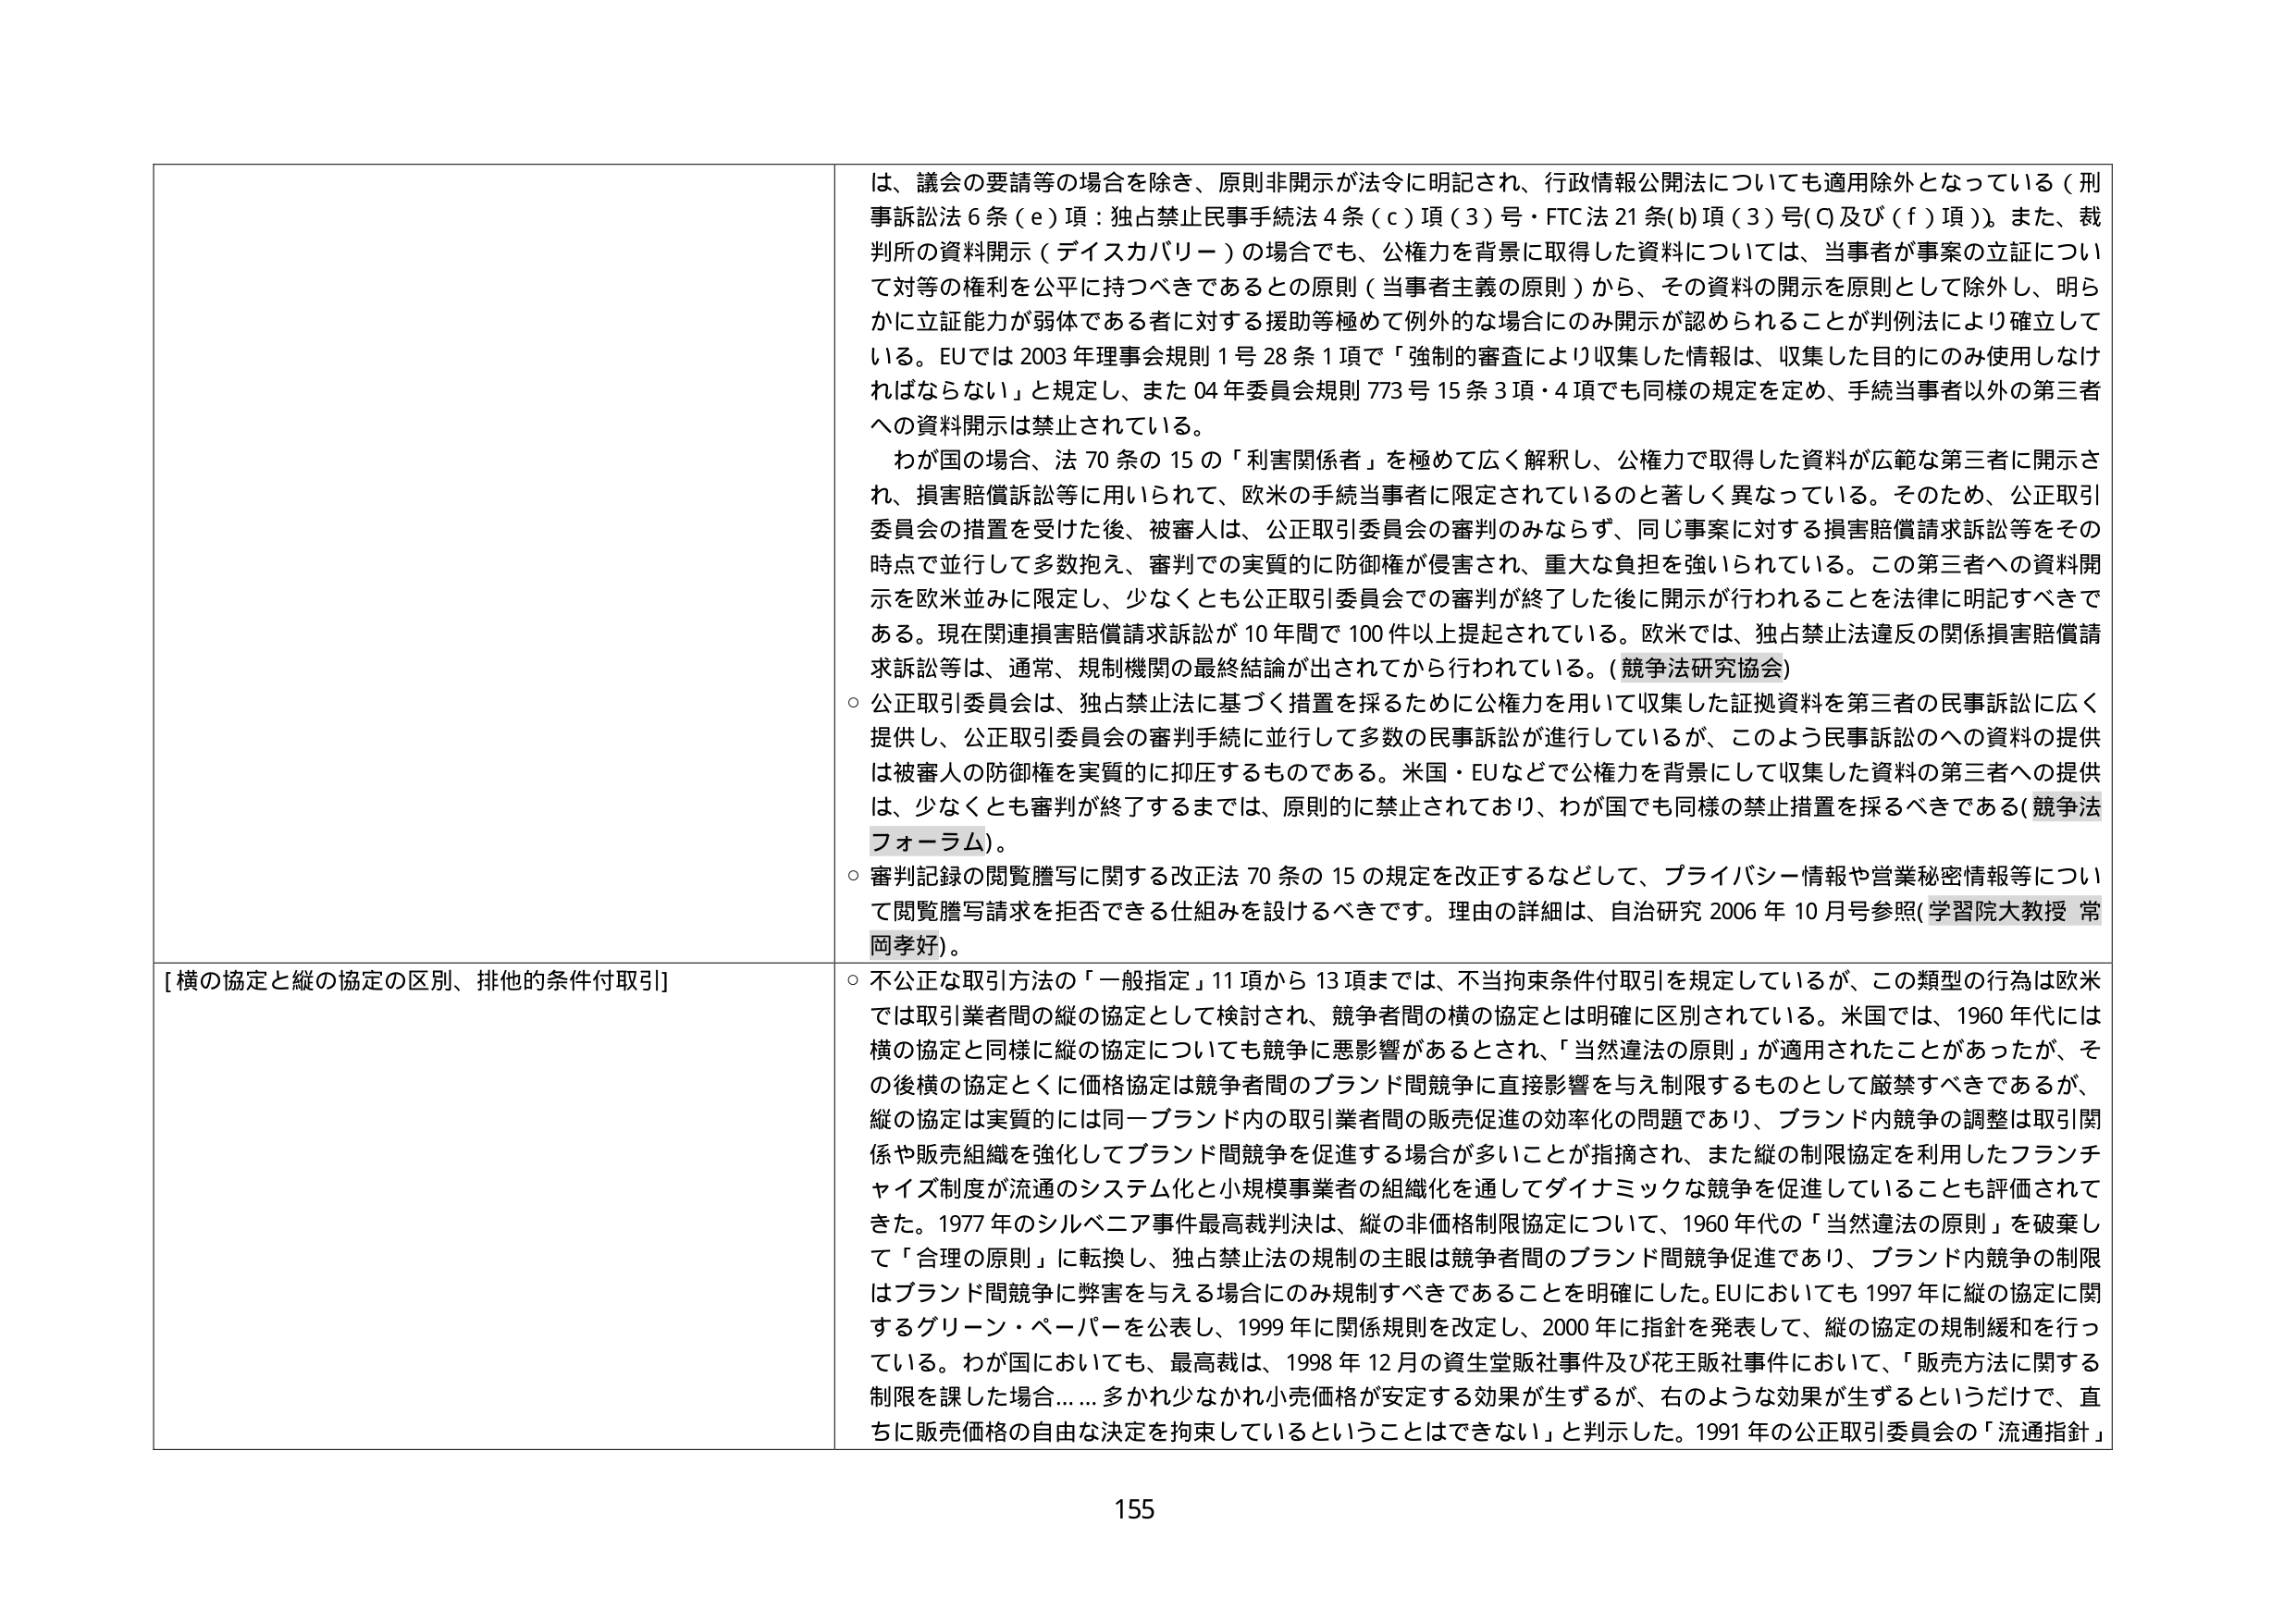
は、議会の要請等の場合を除き、原則非開示が法令に明記され、行政情報公開法についても適用除外となっている（刑事訴訟法６条（ｅ）項：独占禁止民事手続法４条（ｃ）項（３）号・FTC法21条(b)項（3）号(0)及び（ｆ）項）。また、裁判所の資料開示（ディスカバリー）の場合でも、公権力を背景に取得した資料については、当事者が事案の立証について対等の権利を公平に持つべきであるとの原則（当事者主義の原則）から、その資料の開示を原則として除外し、明らかに立証能力が弱体である者に対する援助等極めて例外的な場合にのみ開示が認められることが判例法により確立している。EUでは2003年理事会規則1号28条1項で「強制的審査により収集した情報は、収集した目的にのみ使用しなければならない」と規定し、また04年委員会規則773号15条3項・4項でも同様の規定を定め、手続当事者以外の第三者への資料開示は禁止されている。

わが国の場合、法70条の15の「利害関係者」を極めて広く解釈し、公権力で取得した資料が広範な第三者に開示され、損害賠償訴訟等に用いられて、欧米の手続当事者に限定されているのと著しく異なっている。そのため、公正取引委員会の措置を受けた後、被審人は、公正取引委員会の審判のみならず、同じ事案に対する損害賠償請求訴訟等をその時点で並行して多数抱え、審判での実質的に防御権が侵害され、重大な負担を強いられている。この第三者への資料開示を欧米並みに限定し、少なくとも公正取引委員会での審判が終了した後に開示が行われることを法律に明記すべきである。現在関連損害賠償請求訴訟が10年間で100件以上提起されている。欧米では、独占禁止法違反の関係損害賠償請求訴訟等は、通常、規制機関の最終結論が出されてから行われている。（競争法研究協会）

○ 公正取引委員会は、独占禁止法に基づく措置を採るために公権力を用いて収集した証拠資料を第三者の民事訴訟に広く提供し、公正取引委員会の審判手続に並行して多数の民事訴訟が進行しているが、このような民事訴訟への資料の提供は被審人の防御権を実質的に抑圧するものである。米国・EUなどで公権力を背景にして収集した資料の第三者への提供は、少なくとも審判が終了するまでは、原則的に禁止されており、わが国でも同様の禁止措置を採るべきである（競争法フォーラム）。

○ 審判記録の閲覧謄写に関する改正法70条の15の規定を改正するなどして、プライバシー情報や営業秘密情報等について閲覧謄写請求を拒否できる仕組みを設けるべきです。理由の詳細は、自治研究2006年10月号参照（学習院大教授 常岡孝好）。

[横の協定と縦の協定の区別、排他的条件付取引]

○ 不公正な取引方法の「一般指定」11項から13項までは、不当拘束条件付取引を規定しているが、この類型の行為は欧米では取引業者間の縦の協定として検討され、競争者間の横の協定とは明確に区別されている。米国では、1960年代には横の協定と同様に縦の協定についても競争に悪影響があるとされ、「当然違法の原則」が適用されたことがあったが、その後横の協定とくに価格協定は競争者間のブランド間競争に直接影響を与え制限するものとして厳禁すべきであるが、縦の協定は実質的には同一ブランド内の取引業者間の販売促進の効率化の問題であり、ブランド内競争の調整は取引関係や販売組織を強化してブランド間競争を促進する場合が多いことが指摘され、また縦の制限協定を利用したフランチャイズ制度が流通のシステム化と小規模事業者の組織化を通してダイナミックな競争を促進していることも評価されてきた。1977年のシルベニア事件最高裁判決は、縦の非価格制限協定について、1960年代の「当然違法の原則」を破棄して「合理的原則」に転換し、独占禁止法の規制の主眼は競争者間のブランド間競争促進であり、ブランド内競争の制限はブランド間競争に弊害を与える場合にのみ規制すべきであることを明確にした。EUにおいても1997年に縦の協定に関するグリーン・ペーパーを公表し、1999年に関係規則を改定し、2000年に指針を発表して、縦の協定の規制緩和を行っている。わが国においても、最高裁は、1998年12月の資生堂販社事件及び花王販社事件において、「販売方法に関する制限を課した場合……多かれ少なかれ小売価格が安定する効果が生ずるが、右のような効果が生ずるというだけで、直ちに販売価格の自由な決定を拘束しているということはできない」と判示した。1991年の公正取引委員会の「流通指針」

155